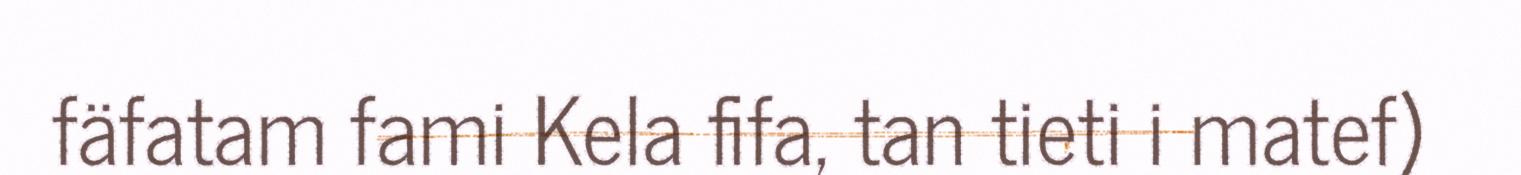
fäfatam fami Kela fifa, tan tieti i matef)